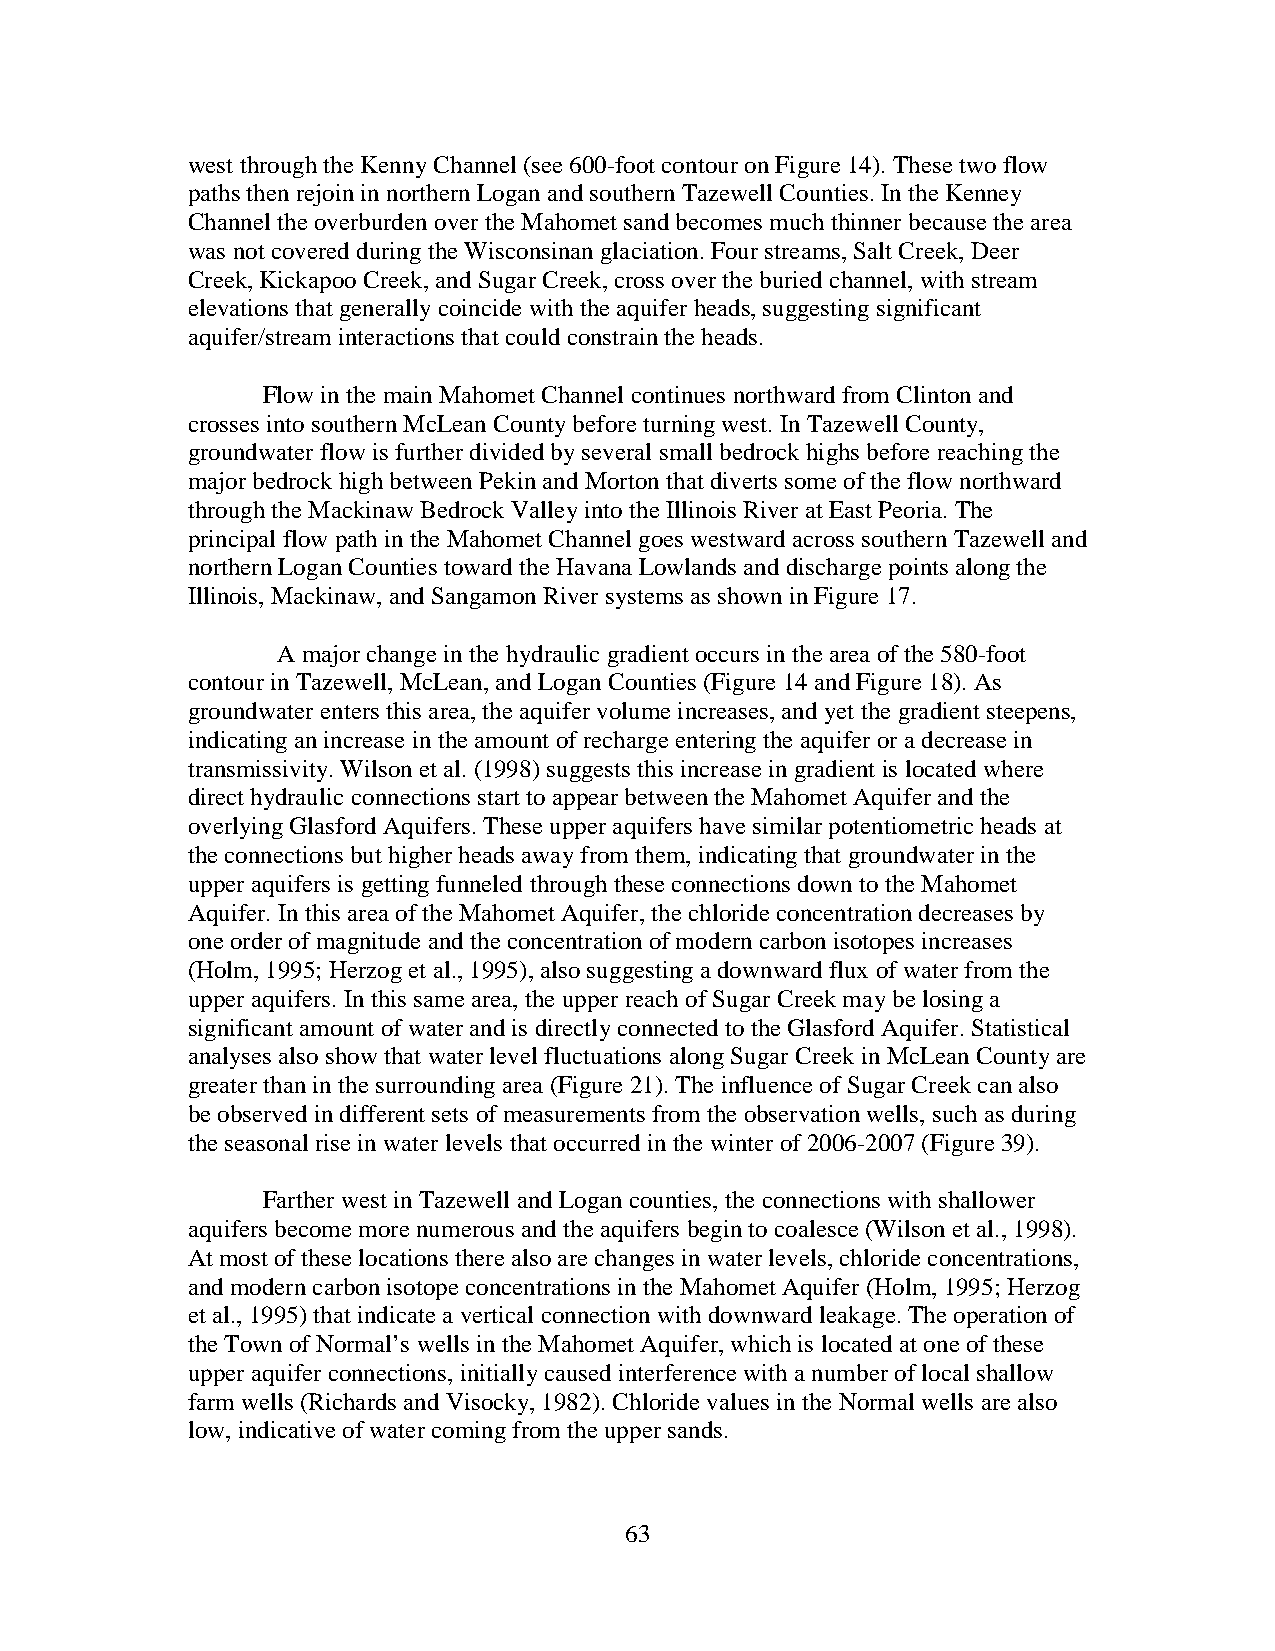
west through the Kenny Channel (see 600-foot contour on Figure 14). These two flow
 paths then rejoin in northern Logan and southern Tazewell Counties. In the Kenney
 Channel the overburden over the Mahomet sand becomes much thinner because the area
 was not covered during the Wisconsinan glaciation. Four streams, Salt Creek, Deer
 Creek, Kickapoo Creek, and Sugar Creek, cross over the buried channel, with stream
 elevations that generally coincide with the aquifer heads, suggesting significant
 aquifer/stream interactions that could constrain the heads.
 Flow in the main Mahomet Channel continues northward from Clinton and
 crosses into southern McLean County before turning west. In Tazewell County,
 groundwater flow is further divided by several small bedrock highs before reaching the
 major bedrock high between Pekin and Morton that diverts some of the flow northward
 through the Mackinaw Bedrock Valley into the Illinois River at East Peoria. The
 principal flow path in the Mahomet Channel goes westward across southern Tazewell and
 northern Logan Counties toward the Havana Lowlands and discharge points along the
 Illinois, Mackinaw, and Sangamon River systems as shown in Figure 17.
 A major change in the hydraulic gradient occurs in the area of the 580-foot
 contour in Tazewell, McLean, and Logan Counties (Figure 14 and Figure 18). As
 groundwater enters this area, the aquifer volume increases, and yet the gradient steepens,
 indicating an increase in the amount of recharge entering the aquifer or a decrease in
 transmissivity. Wilson et al. (1998) suggests this increase in gradient is located where
 direct hydraulic connections start to appear between the Mahomet Aquifer and the
 overlying Glasford Aquifers. These upper aquifers have similar potentiometric heads at
 the connections but higher heads away from them, indicating that groundwater in the
 upper aquifers is getting funneled through these connections down to the Mahomet
 Aquifer. In this area of the Mahomet Aquifer, the chloride concentration decreases by
 one order of magnitude and the concentration of modern carbon isotopes increases
 (Holm, 1995; Herzog et al., 1995), also suggesting a downward flux of water from the
 upper aquifers. In this same area, the upper reach of Sugar Creek may be losing a
 significant amount of water and is directly connected to the Glasford Aquifer. Statistical
 analyses also show that water level fluctuations along Sugar Creek in McLean County are
 greater than in the surrounding area (Figure 21). The influence of Sugar Creek can also
 be observed in different sets of measurements from the observation wells, such as during
 the seasonal rise in water levels that occurred in the winter of 2006-2007 (Figure 39).
 Farther west in Tazewell and Logan counties, the connections with shallower
 aquifers become more numerous and the aquifers begin to coalesce (Wilson et al., 1998).
 At most of these locations there also are changes in water levels, chloride concentrations,
 and modern carbon isotope concentrations in the Mahomet Aquifer (Holm, 1995; Herzog
 et al., 1995) that indicate a vertical connection with downward leakage. The operation of
 the Town of Normal’s wells in the Mahomet Aquifer, which is located at one of these
 upper aquifer connections, initially caused interference with a number of local shallow
 farm wells (Richards and Visocky, 1982). Chloride values in the Normal wells are also
 low, indicative of water coming from the upper sands.
 63